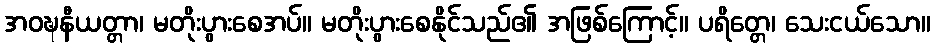
အဝဍ္ဎနီယတ္တာ၊ မတိုးပွားစေအပ်။ မတိုးပွားစေနိုင်သည်၏ အဖြစ်ကြောင့်။ ပရိတ္တေ၊ သေးငယ်သော။